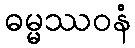
ဓမ္မဿဝနံ